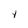
Character: 1